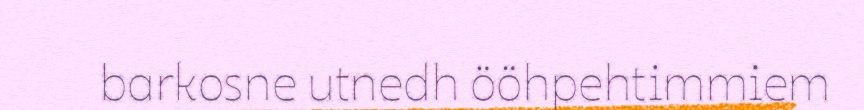
barkosne utnedh ööhpehtimmiem